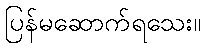
ပြန်မဆောက်ရသေး။